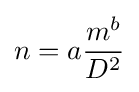
n=a{\frac {m^{b}}{D^{2}}}